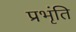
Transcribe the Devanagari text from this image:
प्रभृंति